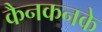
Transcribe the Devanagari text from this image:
कैनकनके